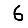
Digit: 6